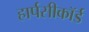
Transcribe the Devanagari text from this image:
हार्पसीकॉर्ड